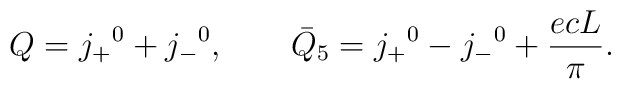
Q= j_+{}^0 +j_-{}^0, \qquad {\bar Q}_5=j_+{}^0 -j_-{}^0 +\frac{e c   L}{\pi}.